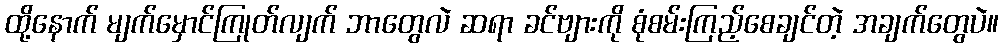
ထို့နောက် မျက်မှောင်ကြုတ်လျက် ဘာတွေလဲ ဆရာ ခင်ဗျားကို စုံစမ်းကြည့်စေချင်တဲ့ အချက်တွေပဲ။